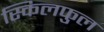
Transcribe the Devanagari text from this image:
स्किलफुल